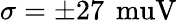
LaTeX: \sigma=\pm 27\, \mathrm{\ muV}